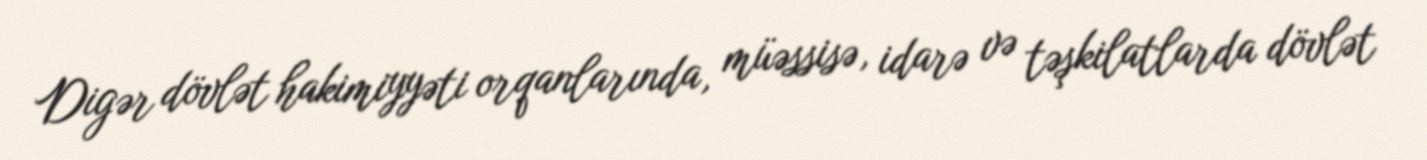
Digər dövlət hakimiyyəti orqanlarında, müəssisə, idarə və təşkilatlarda dövlət